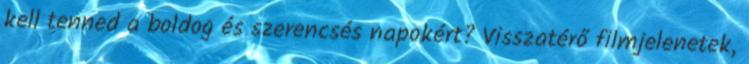
kell tenned a boldog és szerencsés napokért? Visszatérő filmjelenetek,